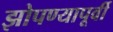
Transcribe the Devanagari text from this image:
झोपण्यापूर्वी